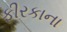
ફીરકાના